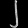
Digit: ၂